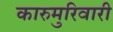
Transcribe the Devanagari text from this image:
कारुमुरिवारी